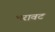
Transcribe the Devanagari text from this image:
भरावट